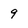
Character: 9